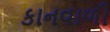
કાનવાળી